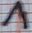
Text: 1